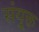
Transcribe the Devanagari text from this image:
संयु्क्त